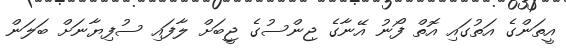
އީތަންގެ އަތުގައި އޮތް ފޯނު އޭނާގެ ޖިންސުގެ ޖީބަށް ލާފައި ސުފިޔާނަށް ބަލަން